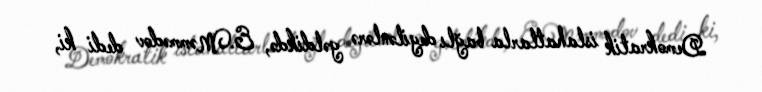
Demokratik islahatlarla bağlı deyilənlərə gəldikdə, E.Məmmədov dedi ki,